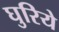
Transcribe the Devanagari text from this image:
घुरिये